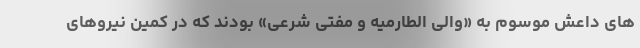
های داعش موسوم به «والی الطارمیه و مفتی شرعی» بودند که در کمین نیروهای